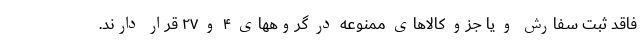
فاقد ثبت سفارش و یا جزو کالاهای ممنوعه در گروههای ۴ و ۲۷ قرار دارند.